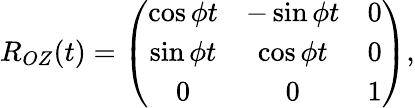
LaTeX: \begin{array}{r}{R_{OZ}(t)=\left(\begin{array}{ccc}{\cos\phi t}&{-\sin\phi t}&{0}\\ {\sin\phi t}&{\cos\phi t}&{0}\\ {0}&{0}&{1}\end{array}\right),}\end{array}